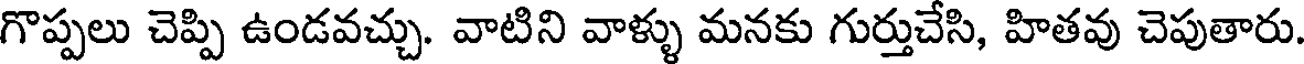
గొప్పలు చెప్పి ఉండవచ్చు. వాటిని వాళ్ళు మనకు గుర్తుచేసి, హితవు చెపుతారు.